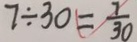
7 \div 3 0 = \frac { 7 } { 3 0 }